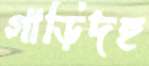
গাড়িদহ